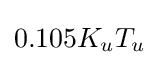
0.105K_{u}T_{u}